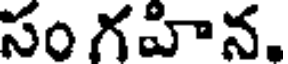
సం గహిన.